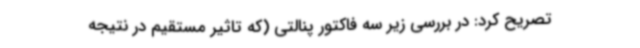
تصریح کرد: در بررسی زیر سه فاکتور پنالتی (که تاثیر مستقیم در نتیجه